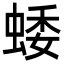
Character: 蜲